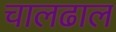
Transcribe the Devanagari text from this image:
चालढाल